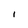
Character: I